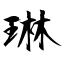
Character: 琳